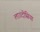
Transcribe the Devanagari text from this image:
लाउदीसिया